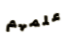
علمهم